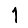
Digit: 1